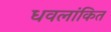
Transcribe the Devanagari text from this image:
धवलांकित